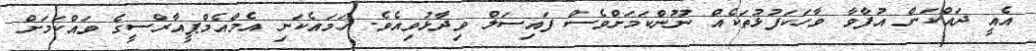
އެއީ ދައްކަން އުފާވާ ވާހަކަފުޅުތަކެއް ނޫންކަމަށްވެސް ފައިސަލް ވިދާޅުވިއެވެ. ހަމައެކަނި އެމްއެމްޕީއާރްސީގެ ވައްކަމަށް